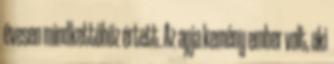
évesen mindkettőhöz értett. Az apja kemény ember volt, aki